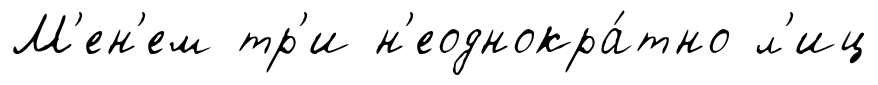
М'ен'ем тр'и н'еоднокра́тно л'иц